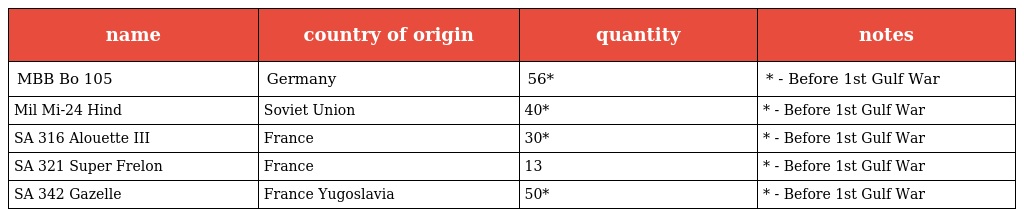
| name | country of origin | quantity | notes |
 | --- | --- | --- | --- |
 | MBB Bo 105 | Germany | 56* | * - Before 1st Gulf War |
 | Mil Mi-24 Hind | Soviet Union | 40* | * - Before 1st Gulf War |
 | SA 316 Alouette III | France | 30* | * - Before 1st Gulf War |
 | SA 321 Super Frelon | France | 13 | * - Before 1st Gulf War |
 | SA 342 Gazelle | France Yugoslavia | 50* | * - Before 1st Gulf War |